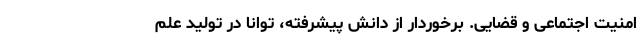
امنیت اجتماعی و قضایی. برخوردار از دانش پیشرفته، توانا در تولید علم